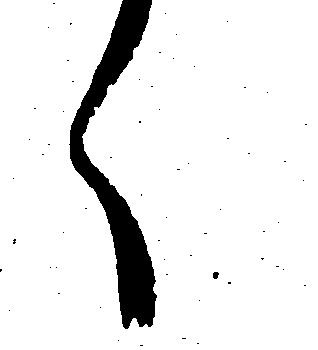
く